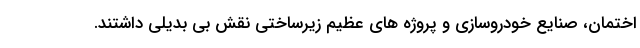
اختمان، صنایع خودروسازی و پروژه های عظیم زیرساختی نقش بی بدیلی داشتند.